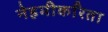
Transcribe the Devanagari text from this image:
नेहमीकरिता